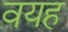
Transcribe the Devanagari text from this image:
वयह